Insane asylums in Bengal annual reports 1867-1875 - 1867-1875
Year: 1867
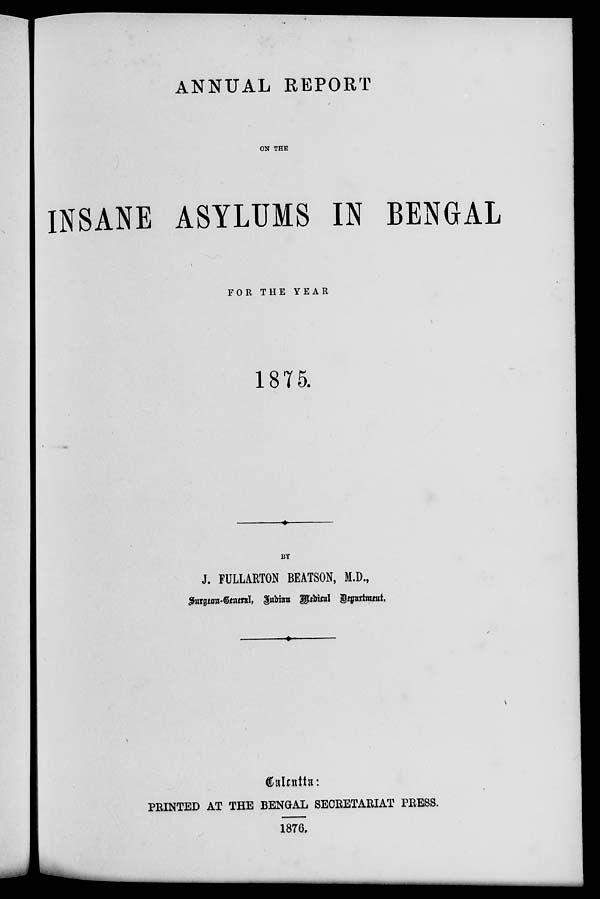
ANNUAL REPORT
ON THE
INSANE ASYLUMS IN BENGAL
FOR THE
YEAR
1875.
BY
J. FULLARTON BEATSON, M.D.,
Surgeon-General, Indian Medical Department.
Calcutta:
PRINTED AT THE BENGAL SECRETARIAT PRESS.
1876.